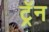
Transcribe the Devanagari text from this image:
ट्रॅन